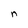
Character: n